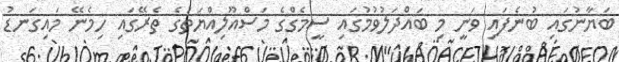
ބަޔާނުގައި ބުނެފައި ވަނީ މި ބައްދަލުވުމުގައި ސީމެގްގެ މަސްއޫލިއްޔަތުގެ ތެރޭގައި ހިމެނޭ މައިގަނޑު